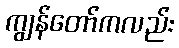
ကျွန်တော်ကလည်း